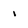
Character: 1